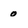
Character: 0